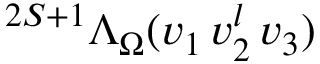
{ } ^ { 2 S + 1 } \Lambda _ { \Omega } ( v _ { 1 } \, v _ { 2 } ^ { l } \, v _ { 3 } )